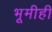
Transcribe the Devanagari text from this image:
भूमीही